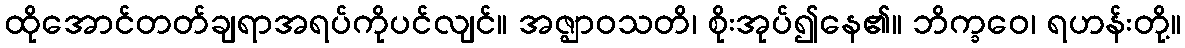
ထိုအောင်တတ်ချရာအရပ်ကိုပင်လျင်။ အဇ္ဈာဝသတိ၊ စိုးအုပ်၍နေ၏။ ဘိက္ခဝေ၊ ရဟန်းတို့။